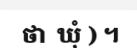
ថា  ឃុំ ) ។